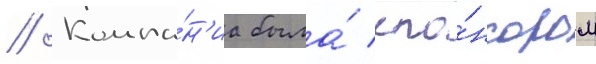
// Компа́н'иа была́ спо́нсором